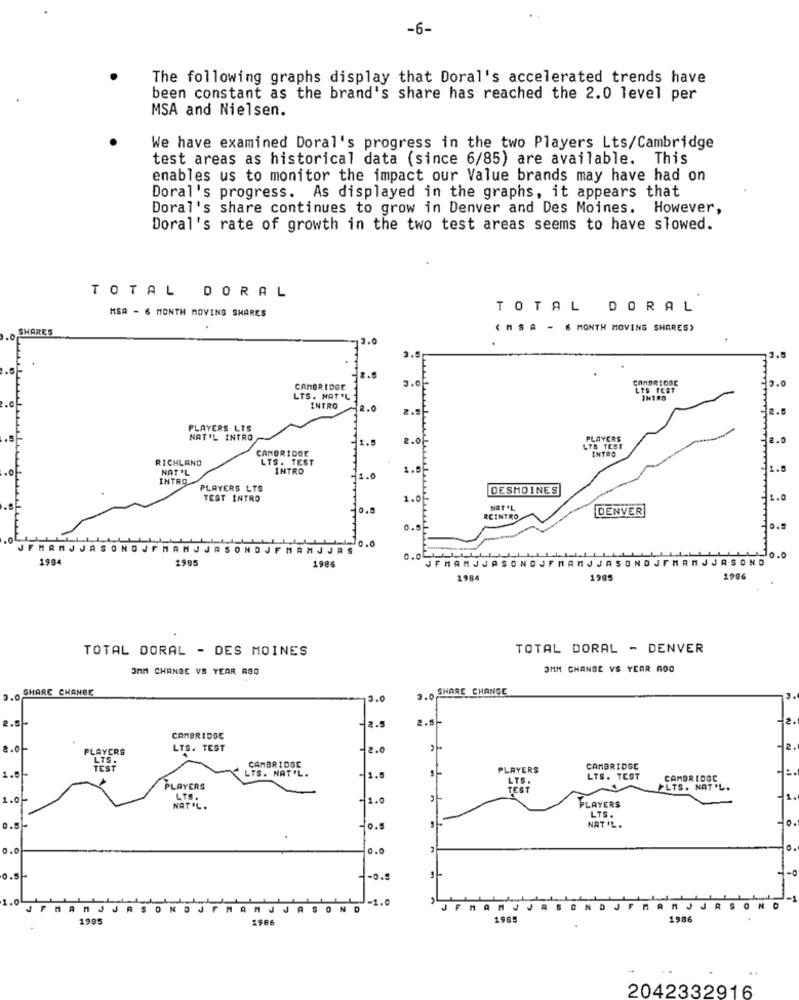
-6-
The following graphs display that Doral's accelerated trends have
been constant as the brand's share has reached the 2.0 level per
MSA and Nielsen.
We have examined Doral's progress in the two Players Lts/Cambridge
test areas as historical data (since 6/85) are available. This
enables us to monitor the impact our Value brands may have had on
Doral's progress. As displayed in the graphs, it appears that
Doral's share continues to grow in Denver and Des Moines. However,
Doral's rate of growth in the two test areas seems to have slowed.
TOTAL DORAL
MSA - 6 MONTH MOVING SHARES
TOTAL DORAL
SHARES
( MS A - 6 MONTH MOVING SHARES)
CAMBRIDOC
CAMBRIDGE
LTS TEST
LTS. NAT'L
INTRO
INTRO
2.0
PLAYERS LTS
NAT'L INTRO
PLAYERS
2.0
CAMBRIDGE
LTS TEST
INTRO
RICHLAND
LTS. TEST
NAT'L
INTRO
INTRO
PLAYERS LTS
DESMOINES
TEST INTRO
NAT'L
DENVER
RCINTRO
JFMAMJ
ASONO
SONDJFMAMJJA
1904
1985
0.01 ____ 1 1 __
JFMAMJJASONDJFMANJ JASONDJFMRAJJASOND
4-0.0
1986
1984
1985
1986
TOTAL DORAL - DES MOINES
TOTAL DORAL - DENVER
OMM CHANGE VS YEAR AGO
3MM CHANGE VS YEAR AGO
SHARE CHANGE
3.0 SHARE CHANGE
13.0
2.51
2.5
2.5-
CAMBRIDGE
PLAYERS
LTS. TEST
-2.0
LTS .
CAMBRIDGE
1."
TEST
LTS. NAT'L.
PLAYERS
CAMBRIDGE
1.5
LTS .
LTS. TEST
CAMBRIDOC
PLAYERS
TEST
ELTS. NAT'L.
LTS.
-1.0
PLAYERS
NATIL.
LTS.
0.5
NAT 'L.
0.0
0.0
0 .5
-0.5
-1.0
0
AMJ
JA
OND
FMAMJJASONDJFMAMJ JASOND
1985
1966
1965
1986
..
2042332916